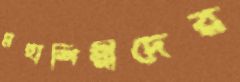
মহাশিল্পীদের